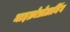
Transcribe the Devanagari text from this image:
माइक्रोप्रोग्रामिंग